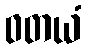
ဝတယံ